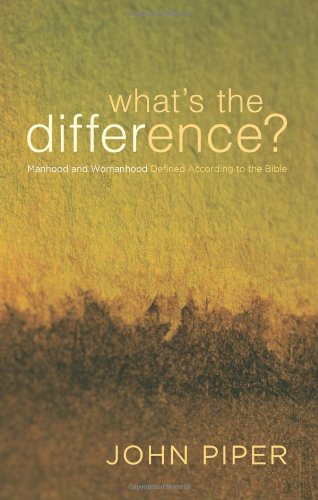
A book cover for What's the Difference?: Manhood and Womanhood Defined According to the Bible; John Piper; Religion & Spirituality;